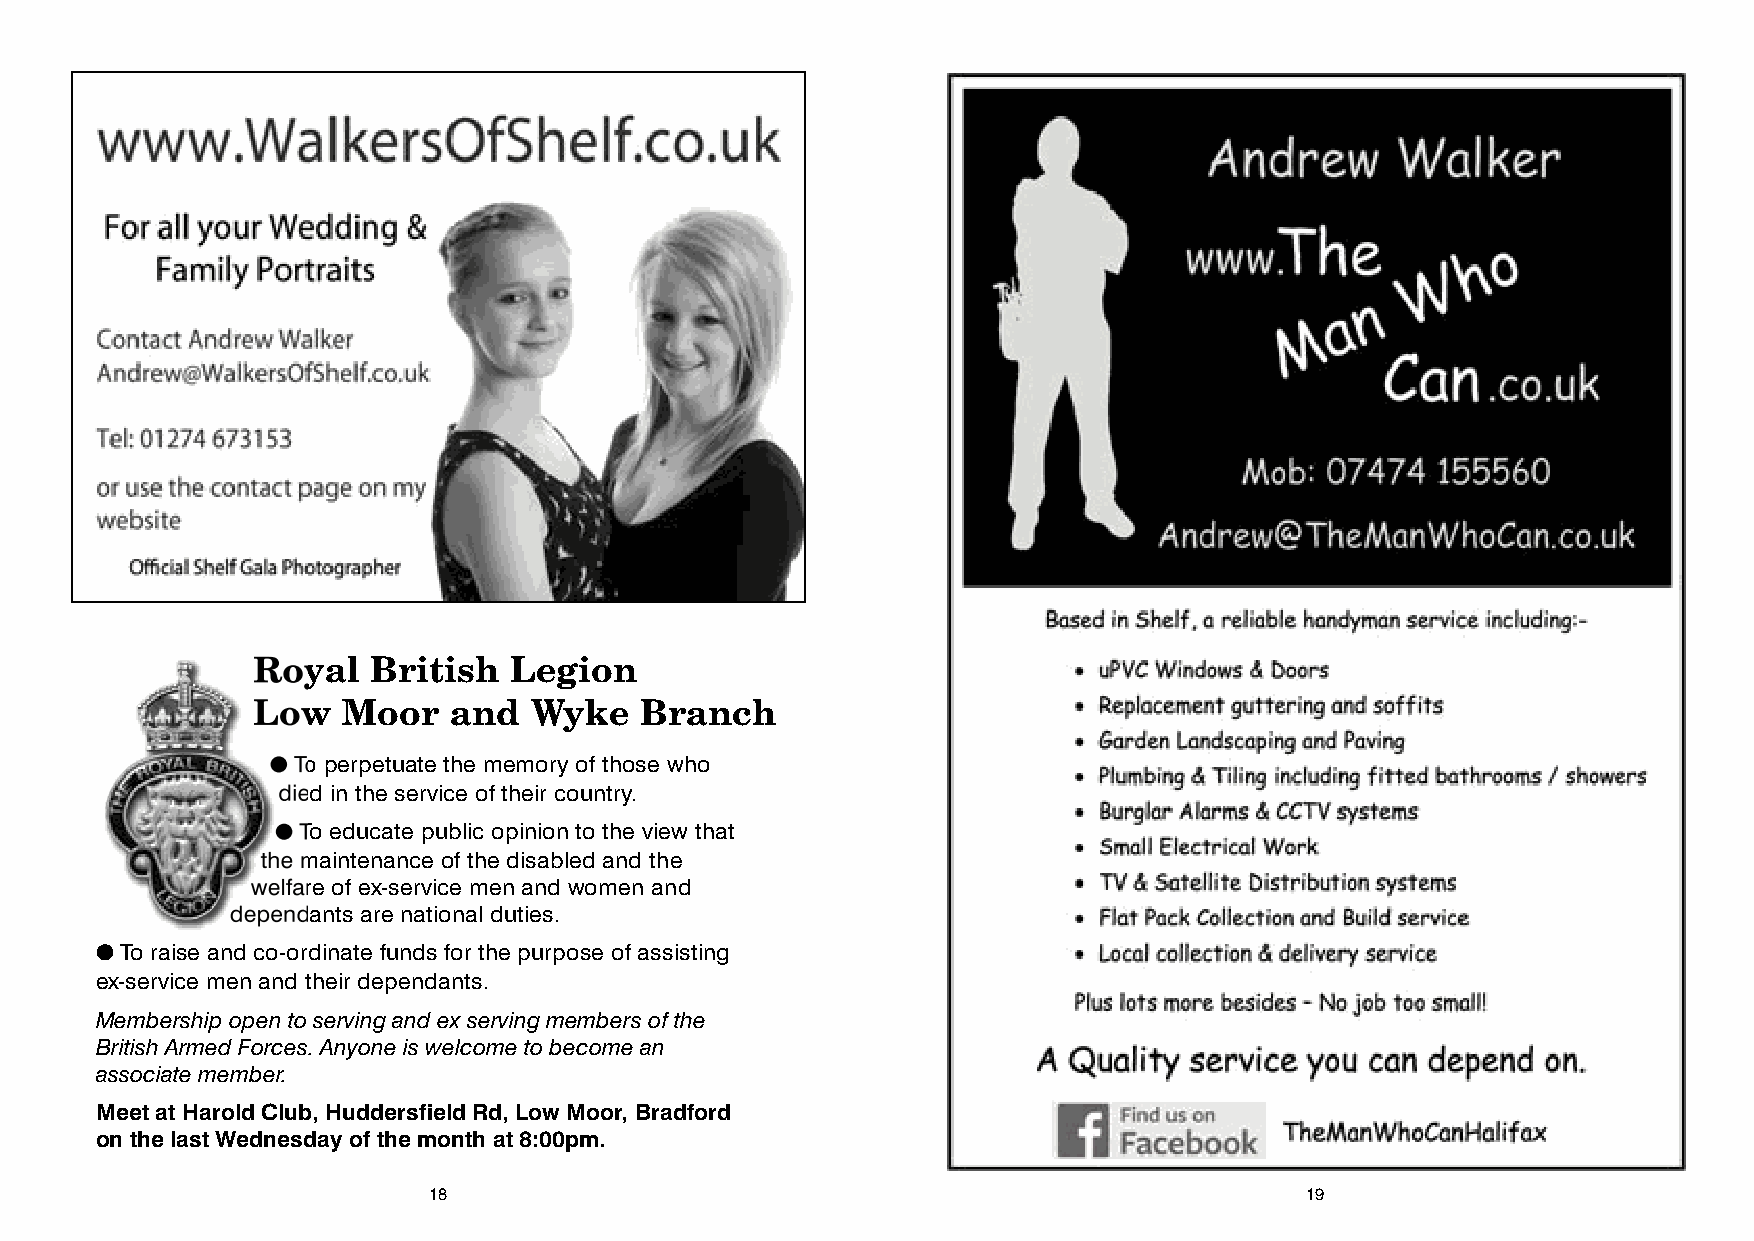
Royal   British  Legion
 Low   Moor   and  Wyke   Branch
 ● To perpetuate the memory of those who
 died in the service of their country.
 ● To educate public opinion to the view that
 the maintenance of the disabled and the
 welfare of ex-service men and women and
 dependants are national duties.
 ● To raise and co-ordinate funds for the purpose of assisting
 ex-service men and their dependants.
 Membership open to serving and ex serving members of the
 British Armed Forces. Anyone is welcome to become an
 associate member.
 Meet at Harold Club, Huddersfield Rd, Low Moor, Bradford
 on the last Wednesday of the month at 8:00pm.
 18                                                        19